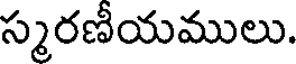
స్మరణీయములు.